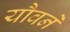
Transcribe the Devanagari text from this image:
यौवने